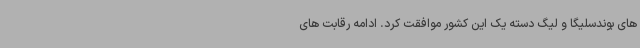
های بوندسلیگا و لیگ دسته یک این کشور موافقت کرد. ادامه رقابت های